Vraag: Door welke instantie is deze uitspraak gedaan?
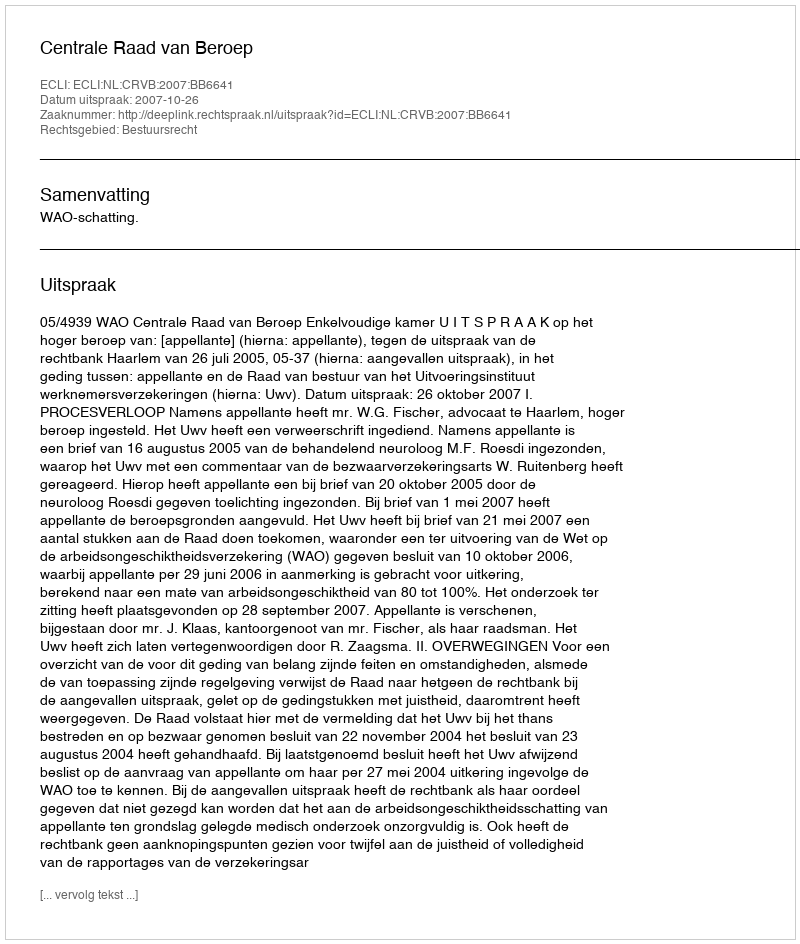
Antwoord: Centrale Raad van Beroep